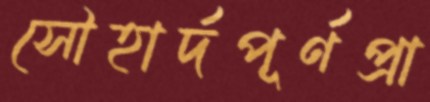
সৌহার্দপূর্ণপ্রা